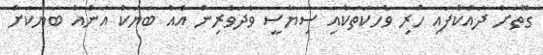
ގޮތަށް ދައްކާފައި ހުރި ވާހަކަތަކާއި ސިޔާސީ ވާދަވެރިން އެއް ބަޔަކު އަނެއް ބަޔަކަށް